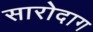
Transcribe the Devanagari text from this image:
सारोदाग